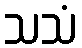
သသံ